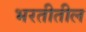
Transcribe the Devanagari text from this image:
भरतीतील